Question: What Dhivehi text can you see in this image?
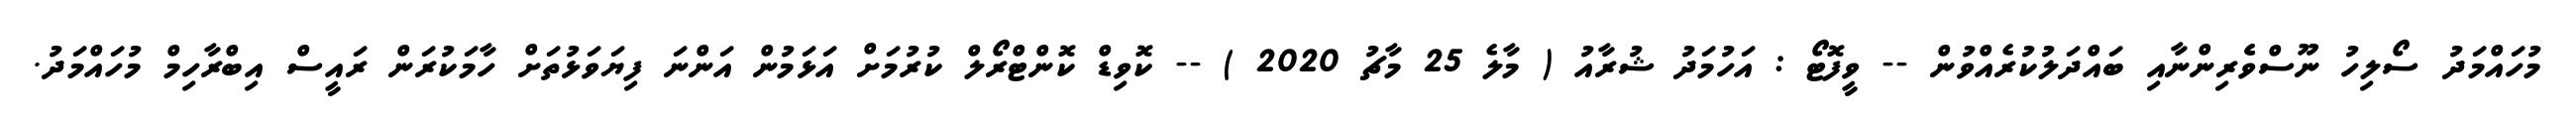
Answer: މުހައްމަދު ސޯލިހު ނޫސްވެެރިންނާއި ބައްދަލުކުރެއްވުން -- ވީފޮޓޯ : އަހުމަދު ޝުރާއު ( މާލެ 25 މާޗު 2020 ) -- ކޮވިޑް ކޮންޓްރޯލް ކުރުމަށް އަޅަމުން އަންނަ ފިޔަވަޅުތަށް ހާމަކުރަން ރައީސް އިބްރާހިމް މުހައްމަދު.